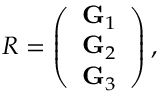
\begin{array} { r } { R = \left( \begin{array} { c } { { \bf G } _ { 1 } } \\ { { \bf G } _ { 2 } } \\ { { \bf G } _ { 3 } } \end{array} \right) , } \end{array}